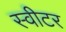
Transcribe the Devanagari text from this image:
स्वीटर